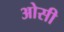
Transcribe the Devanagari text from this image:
ओसी